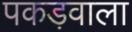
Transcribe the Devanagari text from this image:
पकड़वाला